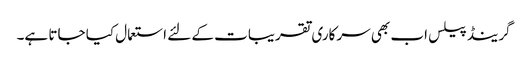
گرینڈ پیلس اب بھی سرکاری تقریبات کے لئے استعمال کیا جاتا ہے۔